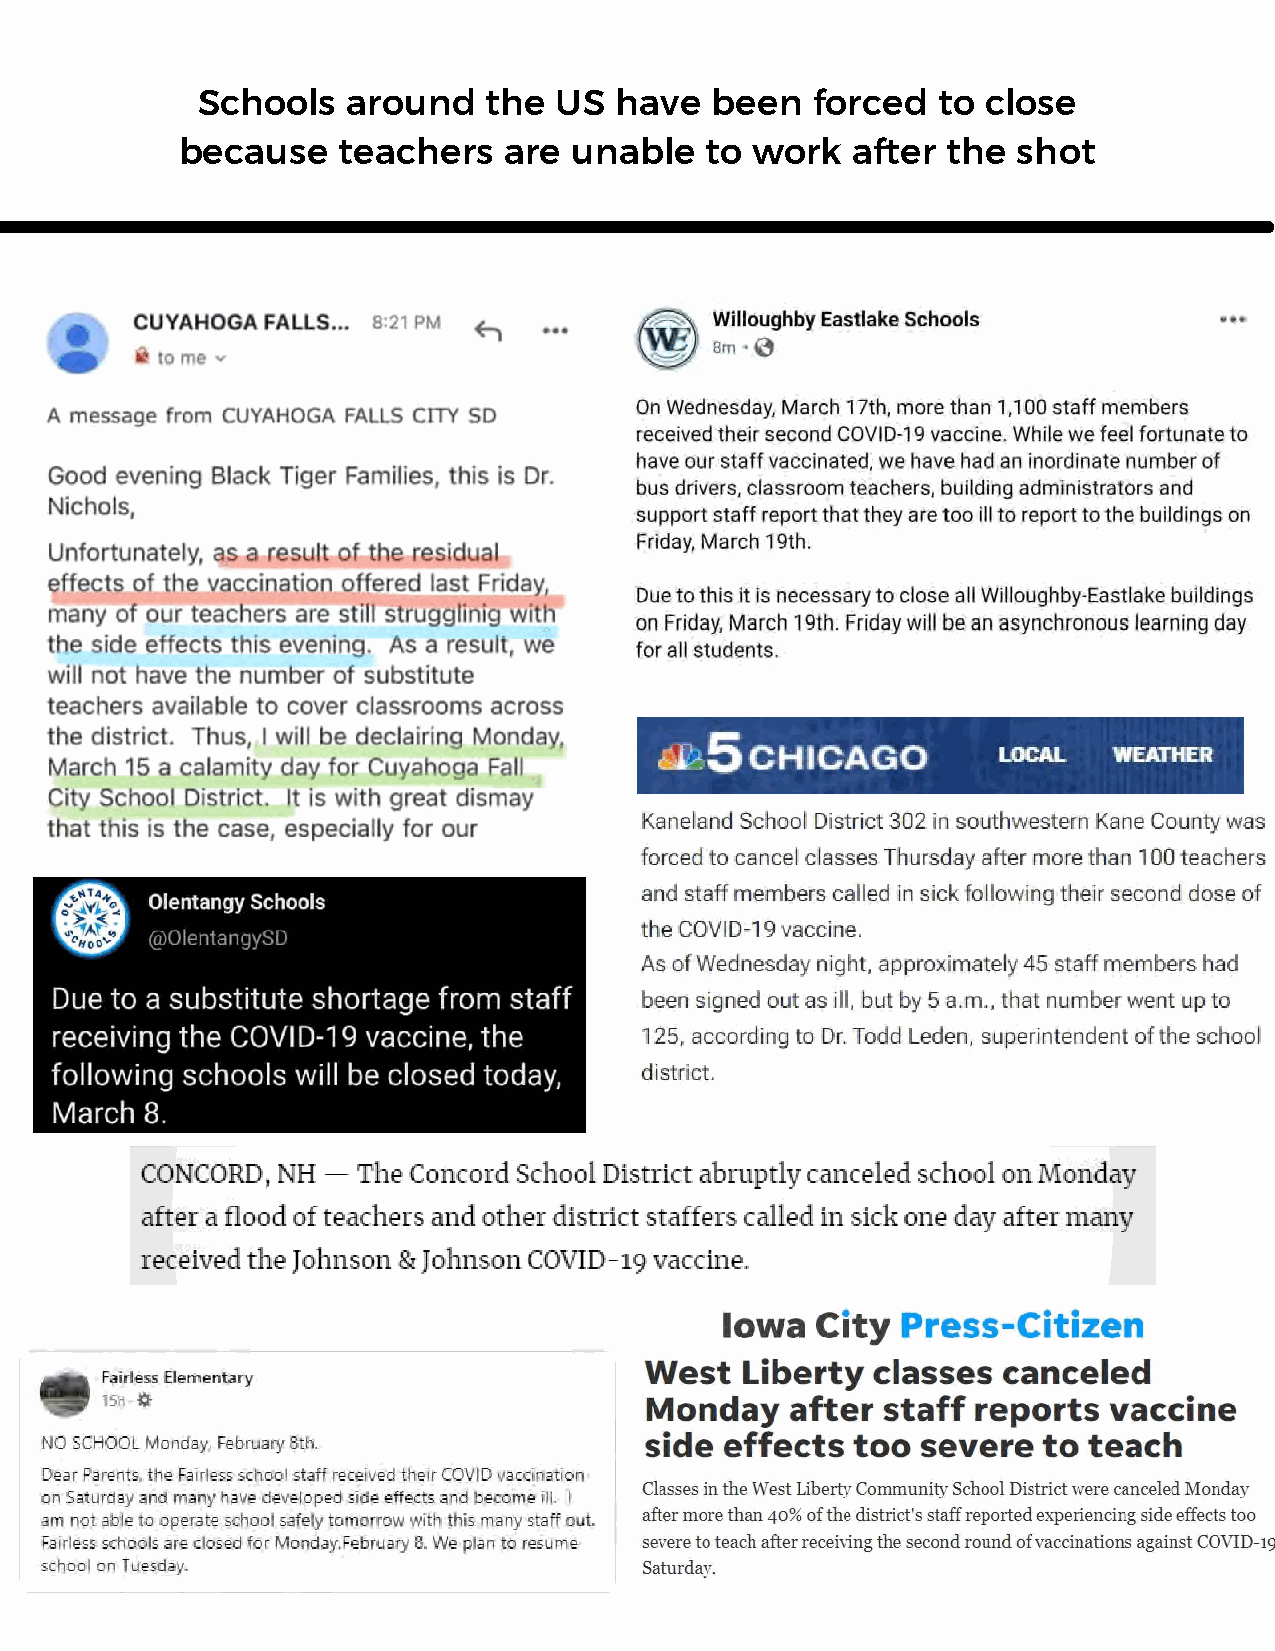
Schools   around   the  US  have  been   forced  to close
 because   teachers   are  unable   to work  after  the shot